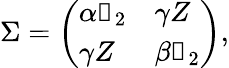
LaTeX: \Sigma=\left(\begin{array}{ll}{\alpha\mathbb{1}_{2}}&{\gamma Z}\\ {\gamma Z}&{\beta\mathbb{1}_{2}}\end{array}\right),